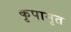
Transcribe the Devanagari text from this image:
कृपामृत